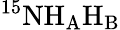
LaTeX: ^{15}\mathrm{N}\mathrm{H_{A}H_{B}}